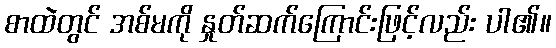
စာထဲတွင် အစ်မကို နှုတ်ဆက်ကြောင်းဖြင့်လည်း ပါ၏။